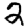
Digit: 2